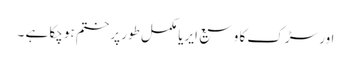
اور سڑک کا وسیع ایریا مکمل طور پر ختم ہوچکا ہے ۔